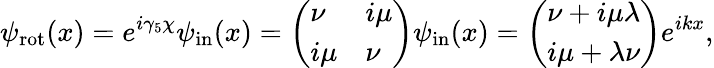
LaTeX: \psi_{\mathrm{rot}}(x)=e^{i\gamma_{5}\chi}\psi_{\mathrm{in}}(x)=\left(\begin{array}{ll}{{\nu}}&{{i\mu}}\\ {{i\mu}}&{{\nu}}\end{array}\right)\psi_{\mathrm{in}}(x)=\left(\begin{array}{l}{{\nu+i\mu\lambda}}\\ {{i\mu+\lambda\nu}}\end{array}\right)e^{ikx},